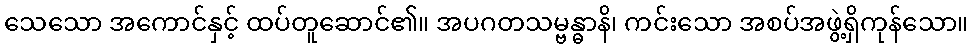
သေသော အကောင်နှင့် ထပ်တူဆောင်၏။ အပဂတသမ္ဗန္ဓာနိ၊ ကင်းသော အစပ်အဖွဲ့ရှိကုန်သော။